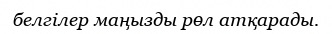
белгілер маңызды рөл атқарады.